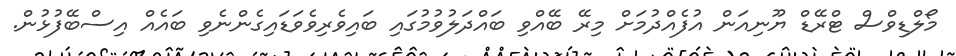
މޯލްޑިވްސް ޓްރޭޑް ޔޫނިއަން އުފެއްދުމަށް މިރޭ ބޭއްވި ބައްދަލުވުމުގައި ބައިވެރިވެވަޑައިގެންނެވި ބައެއް އިސްބޭފުޅުން.